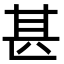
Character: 甚